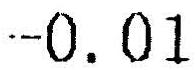
-0.01